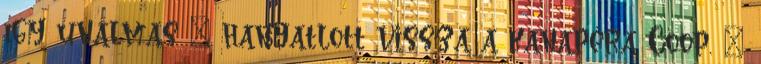
így unalmas – hanyatlott vissza a kanapéra Coop. –